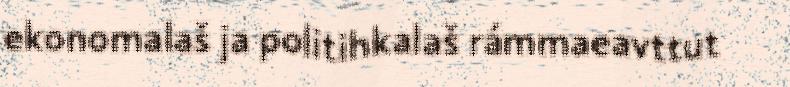
ekonomalaš ja politihkalaš rámmaeavttut